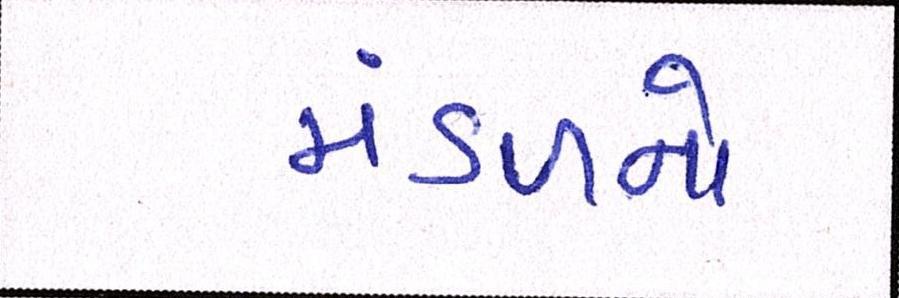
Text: મંડળનો